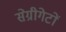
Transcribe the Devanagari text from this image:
सेग्रीगेटों